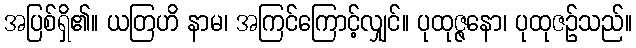
အပြစ်ရှိ၏။ ယတြဟိ နာမ၊ အကြင်ကြောင့်လျှင်။ ပုထုဇ္ဇနော၊ ပုထုဇဉ်သည်။